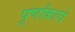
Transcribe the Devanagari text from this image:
पूर्णांकाचे